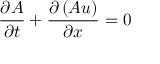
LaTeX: { \frac { \partial A } { \partial t } } + { \frac { \partial \left( A u \right) } { \partial x } } = 0